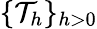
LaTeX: \{ \mathcal{T}_{h}\} _{h>0}